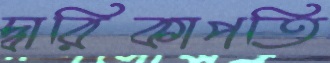
দ্বারিকাপতি